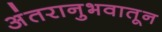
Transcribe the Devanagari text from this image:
अंतरानुभवातून